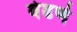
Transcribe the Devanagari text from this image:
वेढणे